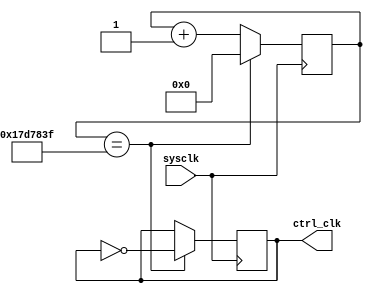
//1Hz
module ctrl_clk_gen(sysclk,ctrl_clk);
	input sysclk;
	output ctrl_clk;
	reg ctrl_clk;
	reg [24:0] counter;
	initial begin
		ctrl_clk<=0;
		counter<=24000000;
	end
	always@(posedge sysclk)
	begin
		if (counter==24999999)
			begin
				counter<=0;
				ctrl_clk<=~ctrl_clk;
			end
		else
			counter<=counter+25'b0_0000_0000_0000_0000_0000_0001;
	end
endmodule